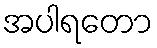
အပါရတော